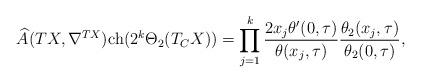
LaTeX: \begin{align*}{\widehat{A}(TX,\nabla^{TX})}{\rm ch}(2^k\Theta_2(T_{C}X))=\prod_{j=1}^{k}\frac{2 x_j\theta'(0,\tau)}{\theta(x_j,\tau)}\frac{\theta_2(x_j,\tau)}{\theta_2(0,\tau)},\end{align*}